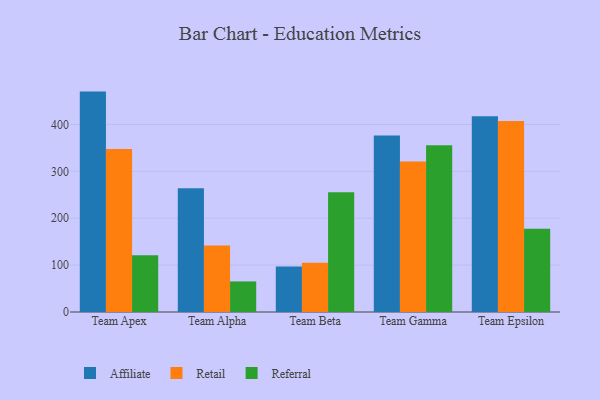
{"axis": {"x": "Team", "y": "Production Output"}, "legend": ["Affiliate", "Referral", "Retail"], "data": [{"x": "Team Apex", "y": 470.1, "type": "Affiliate"}, {"x": "Team Apex", "y": 347.6, "type": "Retail"}, {"x": "Team Apex", "y": 120.8, "type": "Referral"}, {"x": "Team Alpha", "y": 263.7, "type": "Affiliate"}, {"x": "Team Alpha", "y": 141.9, "type": "Retail"}, {"x": "Team Alpha", "y": 65.2, "type": "Referral"}, {"x": "Team Beta", "y": 97.3, "type": "Affiliate"}, {"x": "Team Beta", "y": 105.1, "type": "Retail"}, {"x": "Team Beta", "y": 255.2, "type": "Referral"}, {"x": "Team Gamma", "y": 376.4, "type": "Affiliate"}, {"x": "Team Gamma", "y": 320.9, "type": "Retail"}, {"x": "Team Gamma", "y": 355.8, "type": "Referral"}, {"x": "Team Epsilon", "y": 417.5, "type": "Affiliate"}, {"x": "Team Epsilon", "y": 407.6, "type": "Retail"}, {"x": "Team Epsilon", "y": 177.5, "type": "Referral"}]}